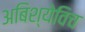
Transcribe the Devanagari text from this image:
अबिश्येविच